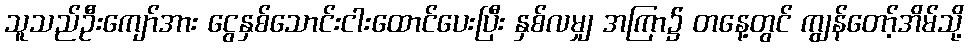
သူသည်ဦးကျော်အား ငွေနှစ်သောင်းငါးထောင်ပေးပြီး နှစ်လမျှ အကြာ၌ တနေ့တွင် ကျွန်တော့်အိမ်သို့